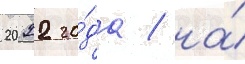
2022 го́да / на́